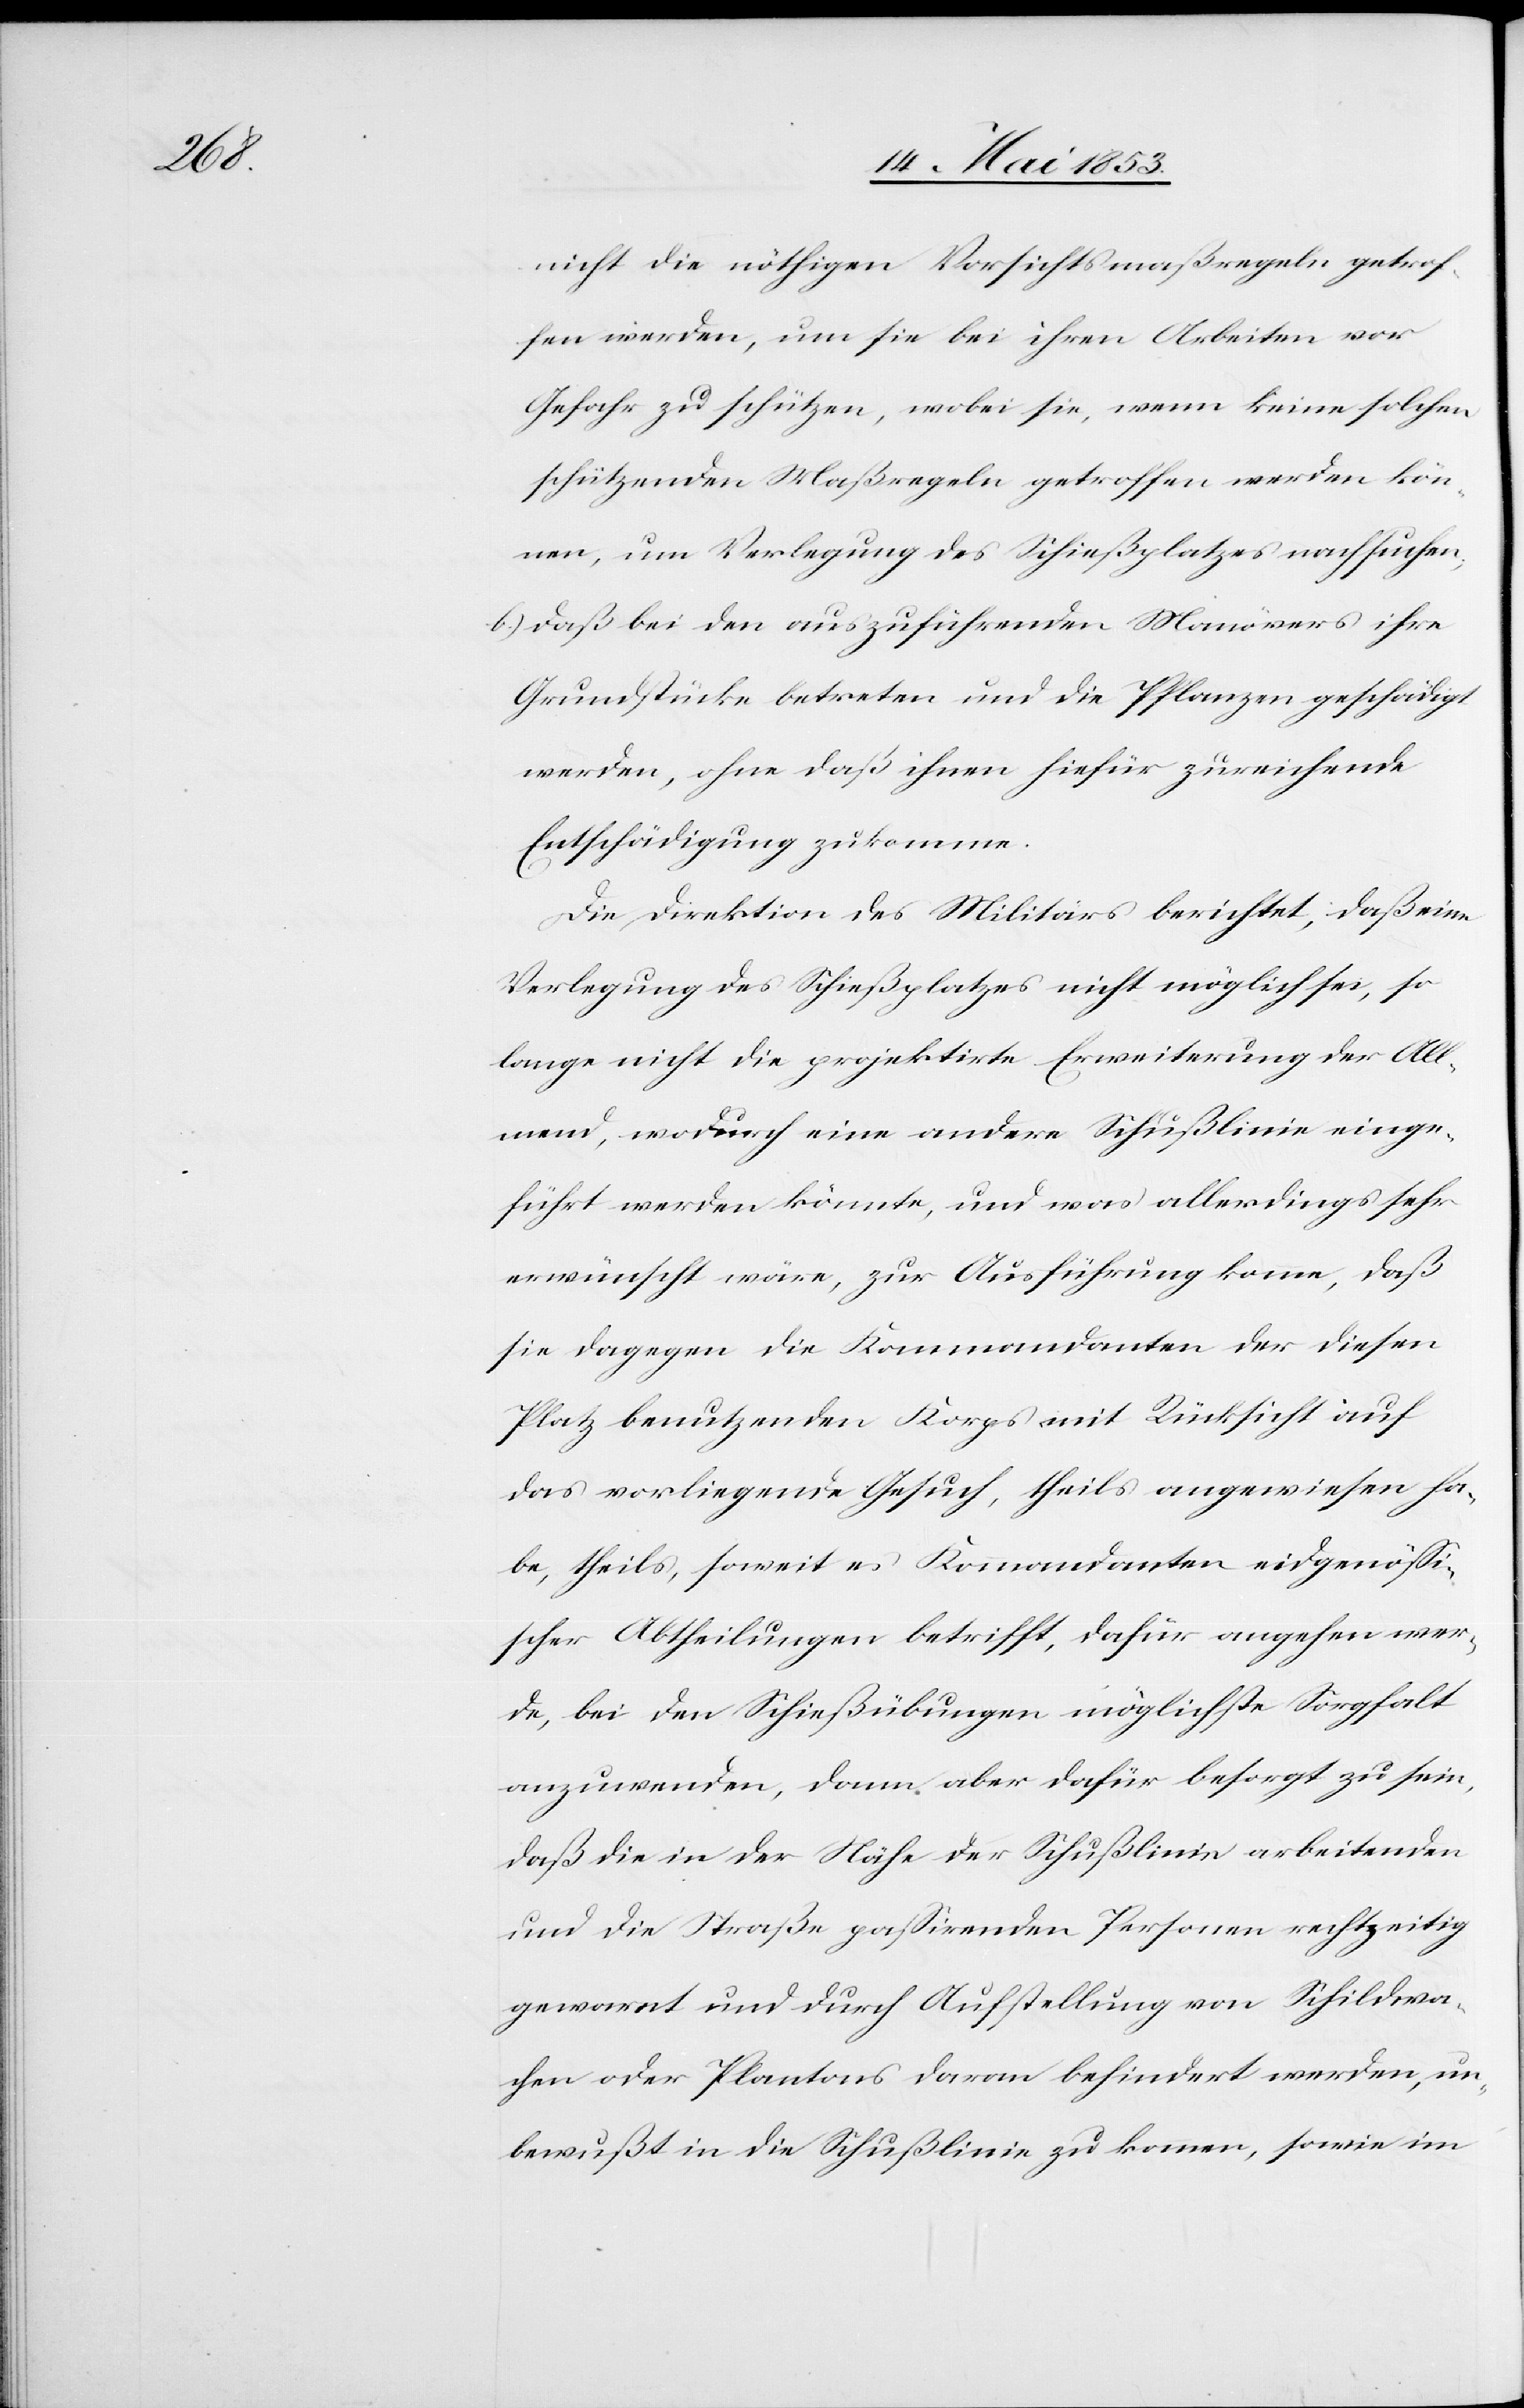
nicht die nöthigen Vorsichtsmaßregeln getrof¬
fen werden, um sie bei ihren Arbeiten vor
Gefahr zu schützen, wobei sie, wenn keine solchen
schützenden Maßregeln getroffen werden kön¬
nen, um Verlegung des Schießplatzes nachsuchen,
b) daß bei den auszuführenden Manövers ihre
Grundstücke betreten und die Pflanzen geschädigt
werden, ohne daß ihnen hiefür zureichende
Entschädigung zukomme.
Die Direktion des Militärs berichtet, daß eine
Verlegung des Schießplatzes nicht möglich sei, so
lange nicht die projektirte Erweiterung der All¬
mend, wodurch eine andere Schußlinie einge¬
führt werden könnte, und was allerdings sehr
erwünscht wäre, zur Ausführung komme, daß
sie dagegen die Kommandanten der diesen
Platz benutzenden Korps mit Rücksicht auf
das vorliegende Gesuch, theils angewiesen ha¬
be, theils, soweit es Kommandanten eidgenößi¬
scher Abtheilungen betrifft, dafür angehen wer¬
de, bei den Schießübungen möglichste Sorgfalt
anzuwenden, dann aber dafür besorgt zu sein,
daß die in der Nähe der Schußlinie arbeitenden
und die Straße paßirenden Personen rechtzeitig
gewarnt und durch Aufstellung von Schildwa¬
chen oder Plantons daran behindert werden, un¬
bewußt in die Schußlinie zu kommen, sowie im